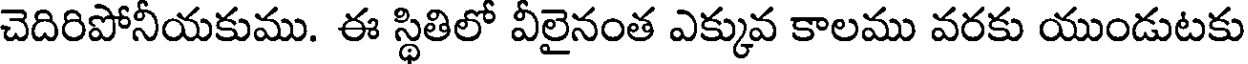
చెదిరిపోనీయకుము. ఈ స్థితిలో వీలైనంత ఎక్కువ కాలము వరకు యుండుటకు